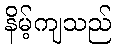
နိမ့်ကျသည်